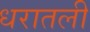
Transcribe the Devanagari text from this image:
धरातली